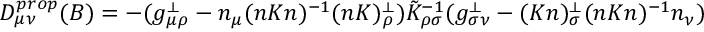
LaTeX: D _ { \mu \nu } ^ { p r o p } ( B ) = - ( g _ { \mu \rho } ^ { \perp } - n _ { \mu } ( n K n ) ^ { - 1 } ( n K ) _ { \rho } ^ { \perp } ) \tilde { K } _ { \rho \sigma } ^ { - 1 } ( g _ { \sigma \nu } ^ { \perp } - ( K n ) _ { \sigma } ^ { \perp } ( n K n ) ^ { - 1 } n _ { \nu } )